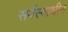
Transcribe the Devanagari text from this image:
सर्वस्वाधीन